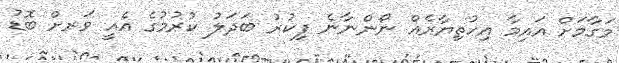
މަގާމަށް އައިމާ އިހުތިޔާރެއް ނޯންނާނެ ފިކުރު ބަދަލު ކުރުމުގެ އެއީ ވަރށް ބޮޑު